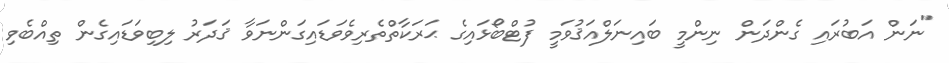
"ނަން އަބުރައި ގެންދަން ނިންމީ ބައިނަލްއަޤުވަމީ ފުޓްބޯޅައިގެ ޙަރަކާތްތެރިވެވަޑައިގަންނަވާ ޤަދަރު ލިބިވަޑައިގެން ތިއްބެވި